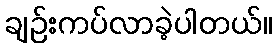
ချဉ်းကပ်လာခဲ့ပါတယ်။